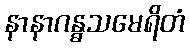
နာနာဂန္ဓသမေရိတံ